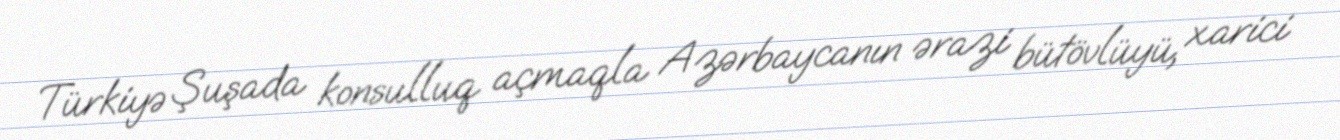
Türkiyə Şuşada konsulluq açmaqla Azərbaycanın ərazi bütövlüyü, xarici